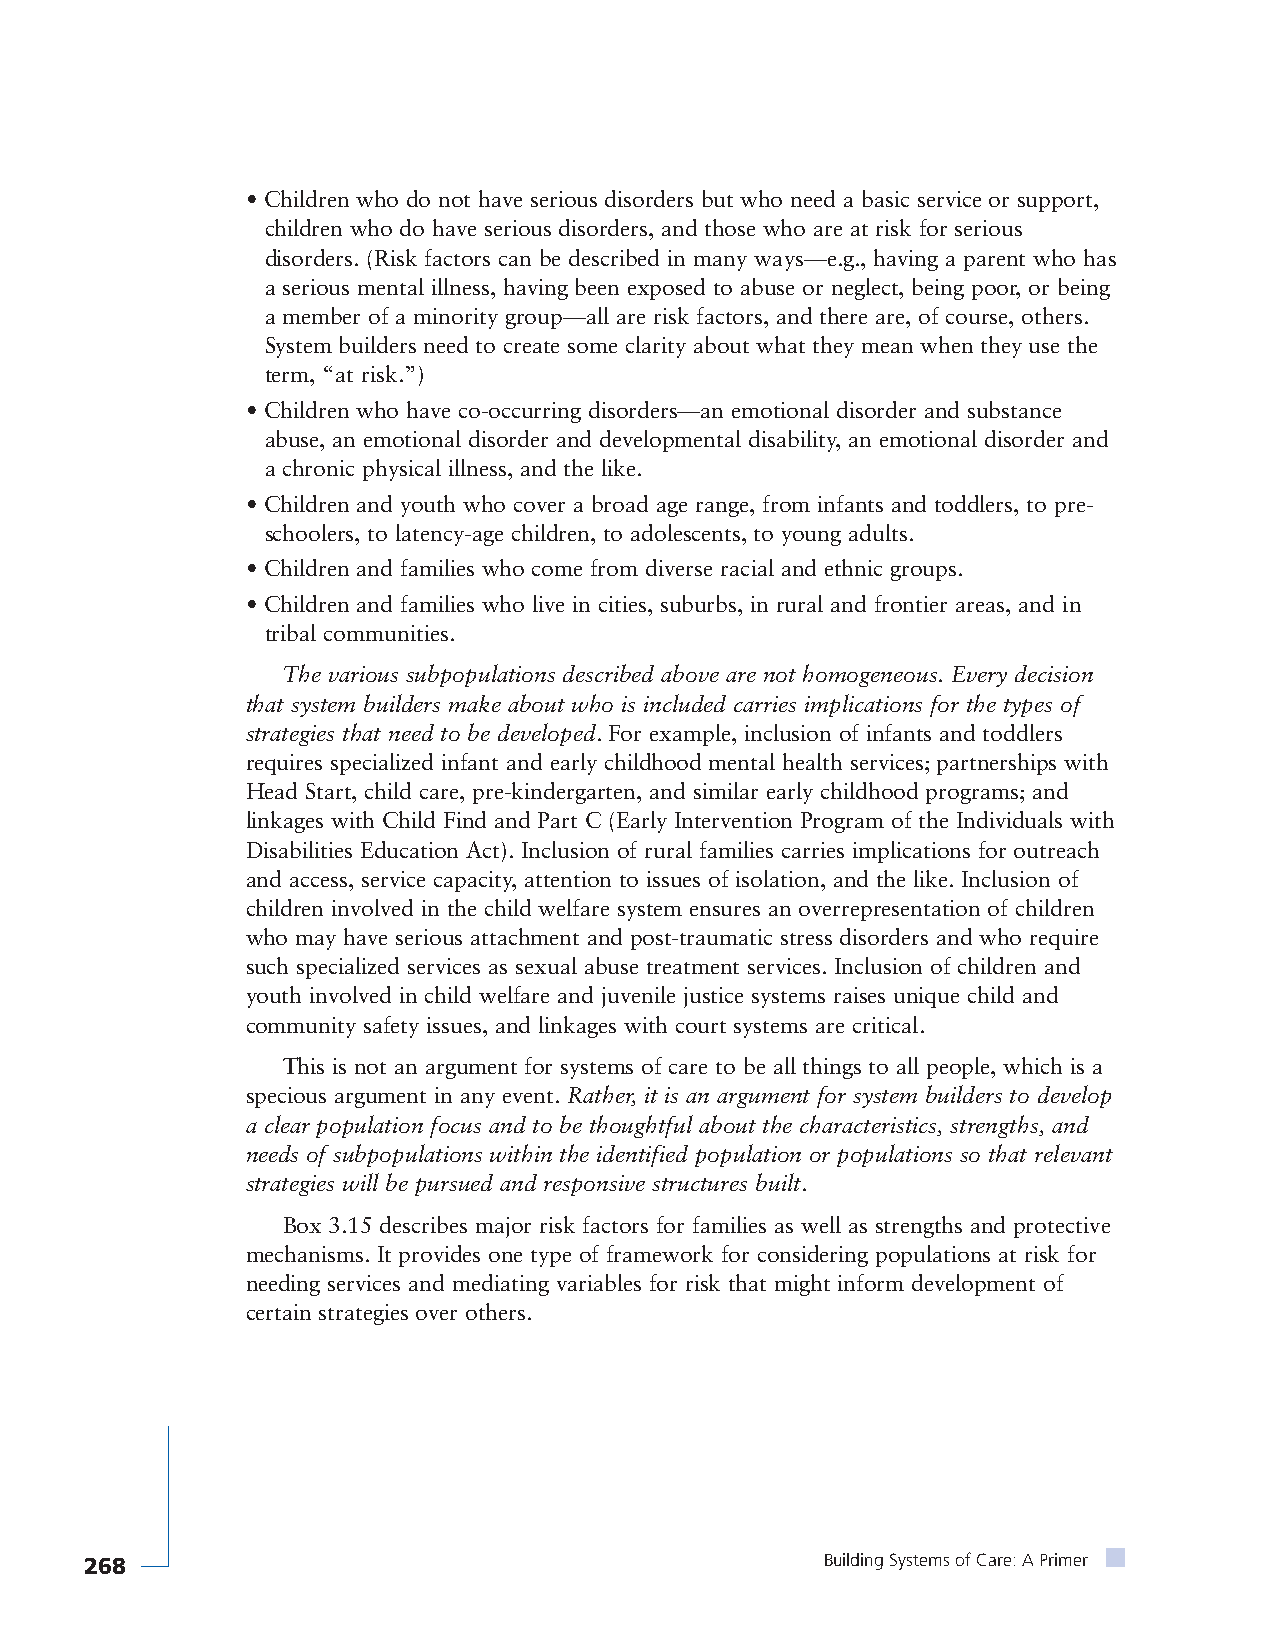
• Children who do not have serious disorders but who need a basic service or support,
 children who do have serious disorders, and those who are at risk for serious
 disorders. (Risk factors can be described in many ways—e.g., having a parent who has
 a serious mental illness, having been exposed to abuse or neglect, being poor, or being
 a member of a minority group—all are risk factors, and there are, of course, others.
 System builders need to create some clarity about what they mean when they use the
 term, “at risk.”)
 • Children who have co-occurring disorders—an emotional disorder and substance
 abuse, an emotional disorder and developmental disability, an emotional disorder and
 a chronic physical illness, and the like.
 • Children and youth who cover a broad age range, from infants and toddlers, to pre-
 schoolers, to latency-age children, to adolescents, to young adults.
 • Children and families who come from diverse racial and ethnic groups.
 • Children and families who live in cities, suburbs, in rural and frontier areas, and in
 tribal communities.
 The various subpopulations described above are not homogeneous. Every decision
 that system builders make about who is included carries implications for the types of
 strategies that need to be developed. For example, inclusion of infants and toddlers
 requires specialized infant and early childhood mental health services; partnerships with
 Head Start, child care, pre-kindergarten, and similar early childhood programs; and
 linkages with Child Find and Part C (Early Intervention Program of the Individuals with
 Disabilities Education Act). Inclusion of rural families carries implications for outreach
 and access, service capacity, attention to issues of isolation, and the like. Inclusion of
 children involved in the child welfare system ensures an overrepresentation of children
 who may have serious attachment and post-traumatic stress disorders and who require
 such specialized services as sexual abuse treatment services. Inclusion of children and
 youth involved in child welfare and juvenile justice systems raises unique child and
 community safety issues, and linkages with court systems are critical.
 This is not an argument for systems of care to be all things to all people, which is a
 specious argument in any event. Rather, it is an argument for system builders to develop
 a clear population focus and to be thoughtful about the characteristics, strengths, and
 needs of subpopulations within the identified population or populations so that relevant
 strategies will be pursued and responsive structures built.
 Box 3.15 describes major risk factors for families as well as strengths and protective
 mechanisms. It provides one type of framework for considering populations at risk for
 needing services and mediating variables for risk that might inform development of
 certain strategies over others.
 268                                              Building Systems of Care: A Primer